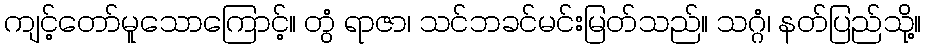
ကျင့်တော်မူသောကြောင့်။ တွံ ရာဇာ၊ သင်ဘခင်မင်းမြတ်သည်။ သဂ္ဂံ၊ နတ်ပြည်သို့။